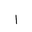
Letter: _alif